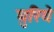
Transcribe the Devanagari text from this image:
घुरिये